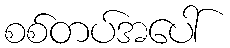
စစ်တပ်အပေါ်